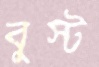
বুস্ট